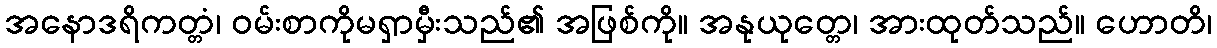
အနောဒရိကတ္တံ၊ ဝမ်းစာကိုမရှာမှီးသည်၏ အဖြစ်ကို။ အနုယုတ္တေ၊ အားထုတ်သည်။ ဟောတိ၊